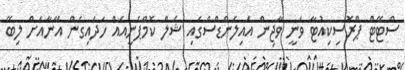
ސްޓޭޓް ޕްރޮސިކިއުޓާ ވަނީ ވާޖިން އައިލެންޑްސްގައި ޝެލް ކޮމްޕެނީއެއް ހަދައިގެން އޭނާއަށް ލިބޭ